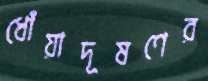
ধোঁয়াদূষণের